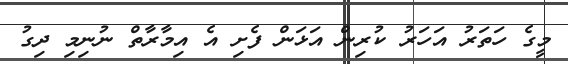
މީގެ ހަތަރު އަހަރު ކުރިން އަޅަން ފެށި އެ އިމާރާތް ނުނިމި ދިގު